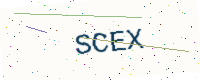
Text: SCEX